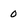
Character: 0